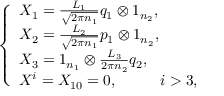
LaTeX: \left\{ \begin{array} { l l l } { { X _ { 1 } = \frac { L _ { 1 } } { \sqrt { 2 \pi n _ { 1 } } } q _ { 1 } \otimes 1 _ { n _ { 2 } } , } } \\ { { X _ { 2 } = \frac { L _ { 2 } } { \sqrt { 2 \pi n _ { 1 } } } p _ { 1 } \otimes 1 _ { n _ { 2 } } , } } \\ { { X _ { 3 } = 1 _ { n _ { 1 } } \otimes \frac { L _ { 3 } } { 2 \pi n _ { 2 } } q _ { 2 } , } } \\ { { X ^ { i } = X _ { 1 0 } = 0 , \; \; \; \; \; \; \; \; \; \; i > 3 , } } \end{array} \right.